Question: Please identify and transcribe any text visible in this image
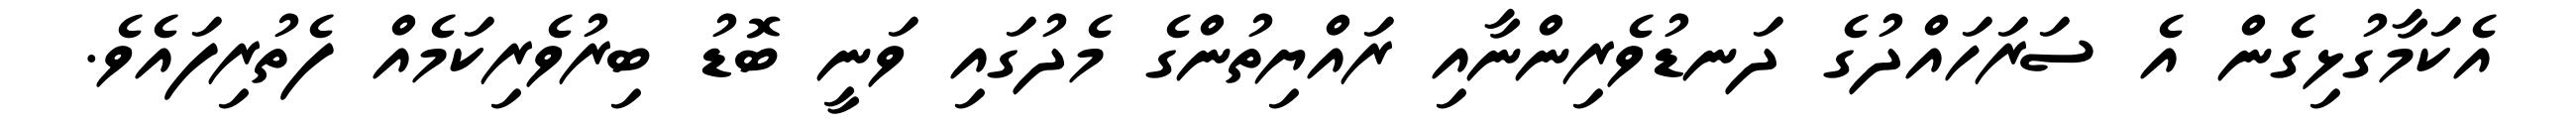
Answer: އެކަމާގުޅިގެން އެ ސަރަހައްދުގެ ދަނޑުވެރިންނާއި ރައްޔިތުންގެ މެދުގައި ވަނީ ބޮޑު ބިރުވެރިކަމެއް ފެތުރިފައެވެ.